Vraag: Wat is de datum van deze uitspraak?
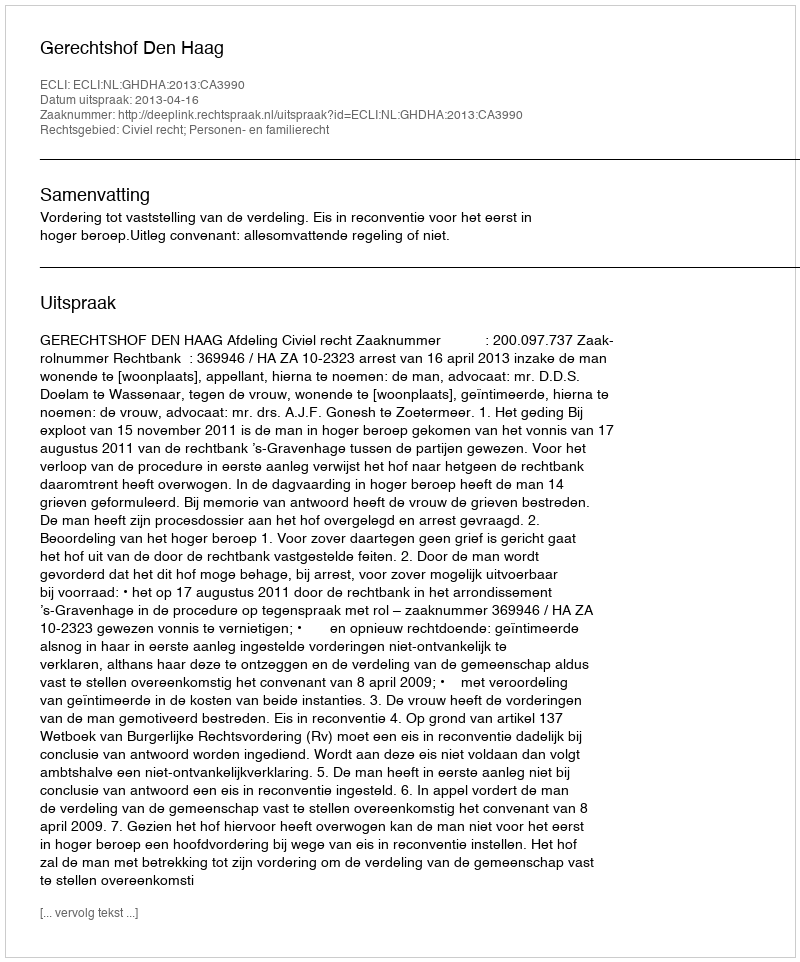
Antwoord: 2013-04-16